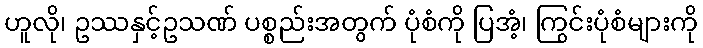
ဟူလို၊ ဥဿနှင့်ဥသဏ် ပစ္စည်းအတွက် ပုံစံကို ပြအံ့၊ ကြွင်းပုံစံများကို